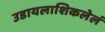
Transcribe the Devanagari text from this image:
उडायलाशिकलेलं